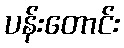
ပန်းတောင်း